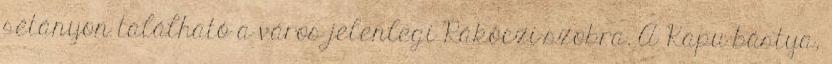
sétányon található a város jelenlegi Rákóczi-szobra. A Kapu bástya,